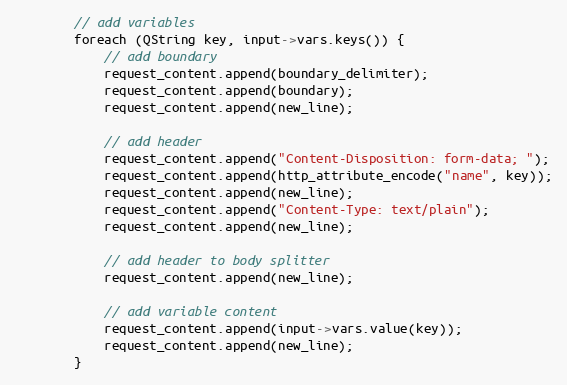
Language: C++
        // add variables
        foreach (QString key, input->vars.keys()) {
            // add boundary
            request_content.append(boundary_delimiter);
            request_content.append(boundary);
            request_content.append(new_line);

            // add header
            request_content.append("Content-Disposition: form-data; ");
            request_content.append(http_attribute_encode("name", key));
            request_content.append(new_line);
            request_content.append("Content-Type: text/plain");
            request_content.append(new_line);

            // add header to body splitter
            request_content.append(new_line);

            // add variable content
            request_content.append(input->vars.value(key));
            request_content.append(new_line);
        }